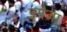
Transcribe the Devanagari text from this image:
इग्रेजा